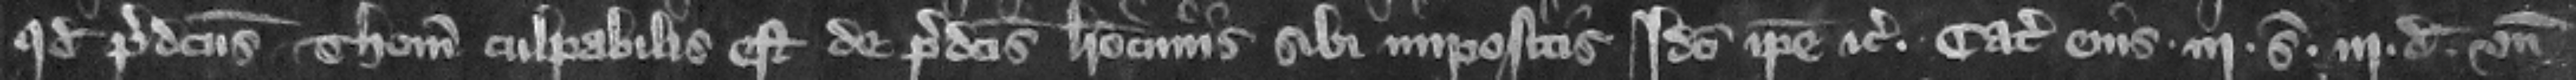
quod predictus Thomas culpabilis est de predictis latrociniis sibi impositis. Ideo ipse etc. Catalla eius .lij. s. .ij. d.. vnde